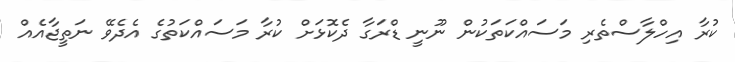
ކުރާ އިހްލާސްތެރި މަސައްކަތަކުން ނޫނީ ޑްރަގާ ދެކޮޅަށް ކުރާ މަސައްކަތުގެ އެދެވޭ ނަތީޖާއެއް